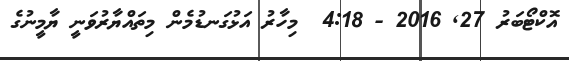
އޮކްޓޯބަރު 27